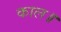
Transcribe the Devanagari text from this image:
काल॥